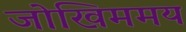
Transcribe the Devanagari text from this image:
जोखिममय